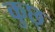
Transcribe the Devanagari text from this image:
कुछ्‍